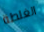
الغلطة